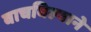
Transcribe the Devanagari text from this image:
वाचविल्याने